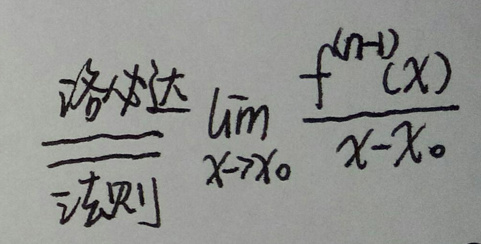
\overset{洛必达法则}${=} \lim_{x \to x_0} \frac{f^{(n - 1)}(x)}{x - x_0}$